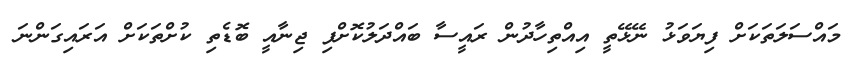
މައްސަލަތަކަށް ފިޔަވަޅު ނޭޅޭތީ އިއްތިހާދުން ރައީސާ ބައްދަލުކޮށްފި ޖިނާއީ ބޮޑެތި ކުށްތަކަށް އަރައިގަންނަ